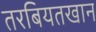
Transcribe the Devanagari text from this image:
तरबियतखान